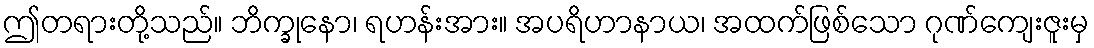
ဤတရားတို့သည်။ ဘိက္ခုနော၊ ရဟန်းအား။ အပရိဟာနာယ၊ အထက်ဖြစ်သော ဂုဏ်ကျေးဇူးမှ